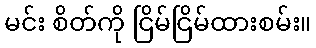
မင်း စိတ်ကို ငြိမ်ငြိမ်ထားစမ်း။